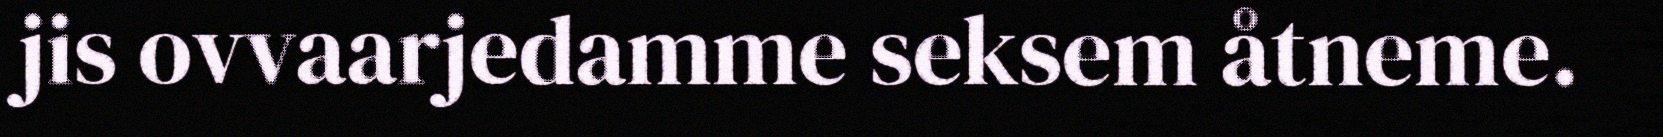
jis ovvaarjedamme seksem åtneme.